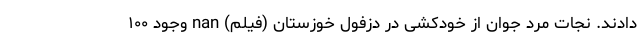
دادند. نجات مرد جوان از خودکشی در دزفول خوزستان (فیلم) nan وجود ۱۰۰